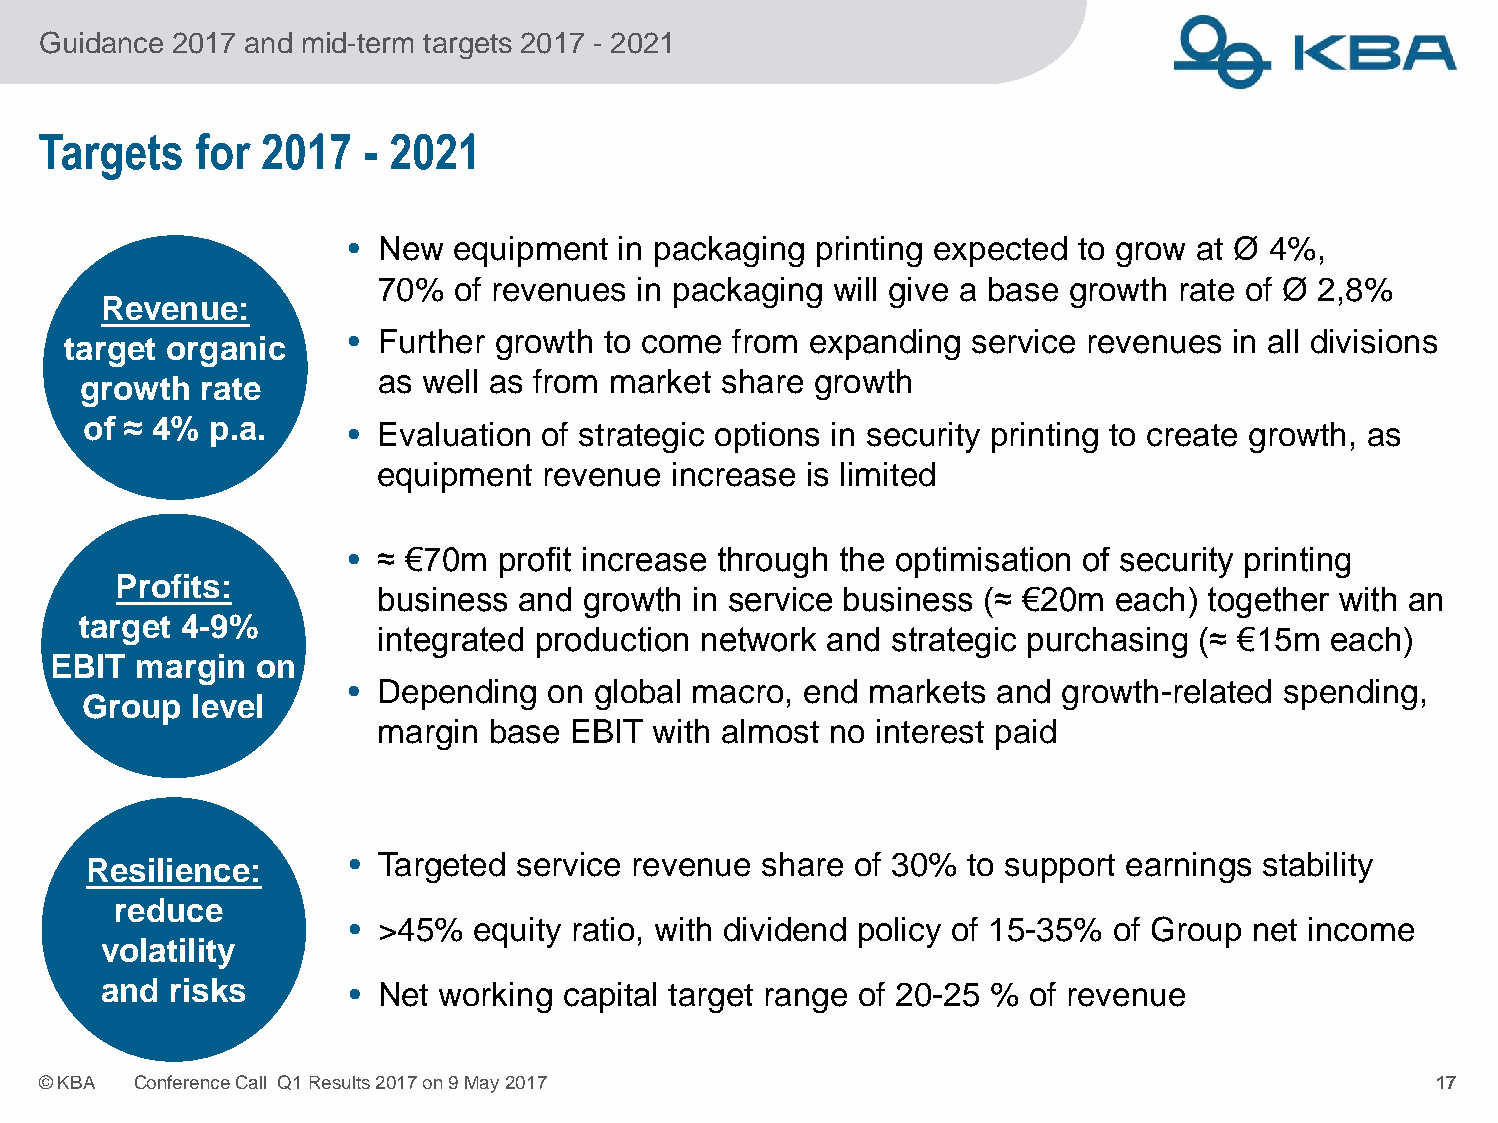
Guidance 2017 and mid-term targets 2017 - 2021
 Targets   for  2017   - 2021
 • New  equipment in packaging printing expected to grow at Ø 4%,
 70%  of revenues in packaging will give a base growth rate of Ø 2,8%
 RReevveennuuee::
 • Further growth to come from expanding  service revenues in all divisions
 ttaarrggeett oorrggaanniicc
 as well as from market share growth
 ggrroowwtthh rraattee
 ooff ≈≈ 44%% pp..aa.. • Evaluation of strategic options in security printing to create growth, as
 equipment  revenue  increase is limited
 • ≈ €70m profit increase through the optimisation of security printing
 PPrrooffiittss::
 business and growth in service business (≈ €20m each) together with an
 ttaarrggeett 44--99%%
 integrated production network and strategic purchasing (≈ €15m each)
 EEBBIITT mmaarrggiinn oonn
 • Depending  on global macro, end markets and  growth-related spending,
 GGrroouupp lleevveell
 margin base EBIT  with almost no interest paid
 RReessiilliieennccee:: • Targeted service revenue share of 30% to support earnings stability
 rreedduuccee
 • >45%  equity ratio, with dividend policy of 15-35% of Group net income
 vvoollaattiilliittyy
 aanndd rriisskkss • Net working capital target range of 20-25 % of revenue
 ©KBA  ConferenceCall Q1Results2017on9May2017                                                 17